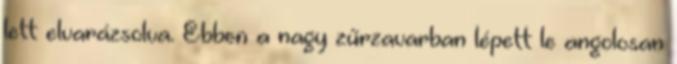
lett elvarázsolva. Ebben a nagy zűrzavarban lépett le angolosan